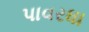
પાવરધા